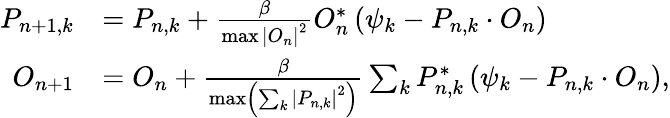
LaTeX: \begin{array}{rl}{P_{n+1,k}}&{=P_{n,k}+\frac{\beta}{\operatorname*{max}\left|O_{n}\right|^{2}}O_{n}^{*}\left(\psi_{k}-P_{n,k}\cdot O_{n}\right)}\\ {O_{n+1}}&{=O_{n}+\frac{\beta}{\operatorname*{max}\left(\sum_{k}\left|P_{n,k}\right|^{2}\right)}\sum_{k}P_{n,k}^{*}\left(\psi_{k}-P_{n,k}\cdot O_{n}\right),}\end{array}